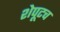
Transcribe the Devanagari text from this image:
शेपूटच